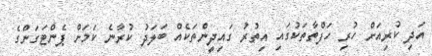
އަދި ކުރިއަށް ހުރި ހަފްތާތަކުގައި އިތުރު ގައިދީންތަކެއް ބަލަދު ކުރާނެ ކަމަށް ޕެންޓަގަންގެ